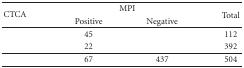
<table><thead><tr><td rowspan="2"><b>CTCA</b></td><td colspan="2"><b>MPI</b></td><td><b>Total</b></td></tr><tr><td><b>Positive</b></td><td><b>Negative</b></td></tr></thead><tbody><tr><td>[EMPTY_CELL]</td><td>45</td><td>[EMPTY_CELL]</td><td>112</td></tr><tr><td>[EMPTY_CELL]</td><td>22</td><td>[EMPTY_CELL]</td><td>392</td></tr><tr><td>[EMPTY_CELL]</td><td>67</td><td>437</td><td>504</td></tr></tbody></table>